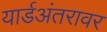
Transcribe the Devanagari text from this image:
यार्डअंतरावर